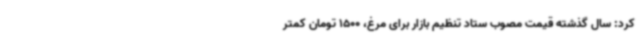
کرد: سال گذشته قیمت مصوب ستاد تنظیم بازار برای مرغ، 1500 تومان کمتر